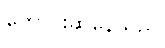
တောင်းဆိုနေသည်